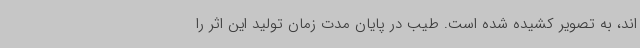
اند، به تصویر کشیده شده است. طیب در پایان مدت زمان تولید این اثر را